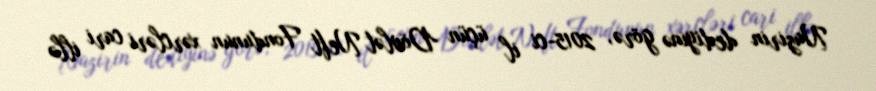
Nazirin dediyinə görə, 2015-ci il üçün Dövlət Neft Fondunun xərcləri cari illə